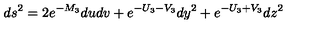
d s ^ { 2 } = 2 e ^ { - M _ { 3 } } d u d v + e ^ { - U _ { 3 } - V _ { 3 } } d y ^ { 2 } + e ^ { - U _ { 3 } + V _ { 3 } } d z ^ { 2 }